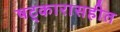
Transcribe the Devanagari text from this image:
षट्कारासहीत